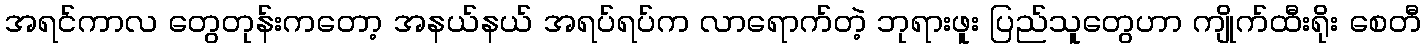
အရင်ကာလ တွေတုန်းကတော့ အနယ်နယ် အရပ်ရပ်က လာရောက်တဲ့ ဘုရားဖူး ပြည်သူတွေဟာ ကျိုက်ထီးရိုး စေတီ